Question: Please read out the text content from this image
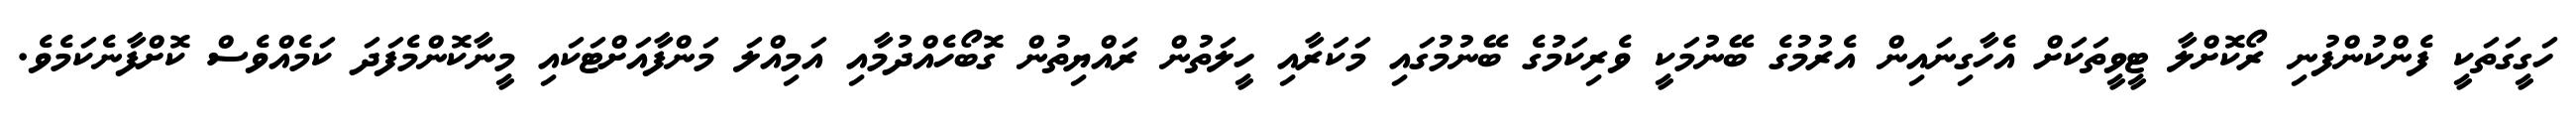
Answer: ހަގީގަތަކީ ފެންކުންފުނި ރޯކޮށްލާ ޓީވީތަކަށް އެހާގިނައިން އެރުމުގެ ބޭނުމަކީ ވެރިކަމުގެ ބޭނުމުގައި މަކަރާއި ހީލަތުން ރައްޔިތުން ގޮބޯހެއްދުމާއި އަމިއްލަ މަންފާއަށްޓަކައި މީނާކޮންމެފަދަ ކަމެއްވެސް ކޮށްފާނެކަމެވެ.